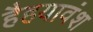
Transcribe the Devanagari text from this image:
हैहयावंश